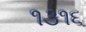
૧૩૧૬